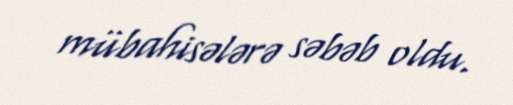
mübahisələrə səbəb oldu.